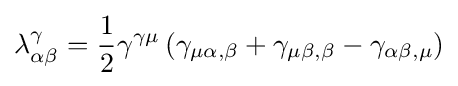
\lambda _{\alpha \beta }^{\gamma }={\frac {1}{2}}\gamma ^{\gamma \mu }\left(\gamma _{\mu \alpha ,\beta }+\gamma _{\mu \beta ,\beta }-\gamma _{\alpha \beta ,\mu }\right)